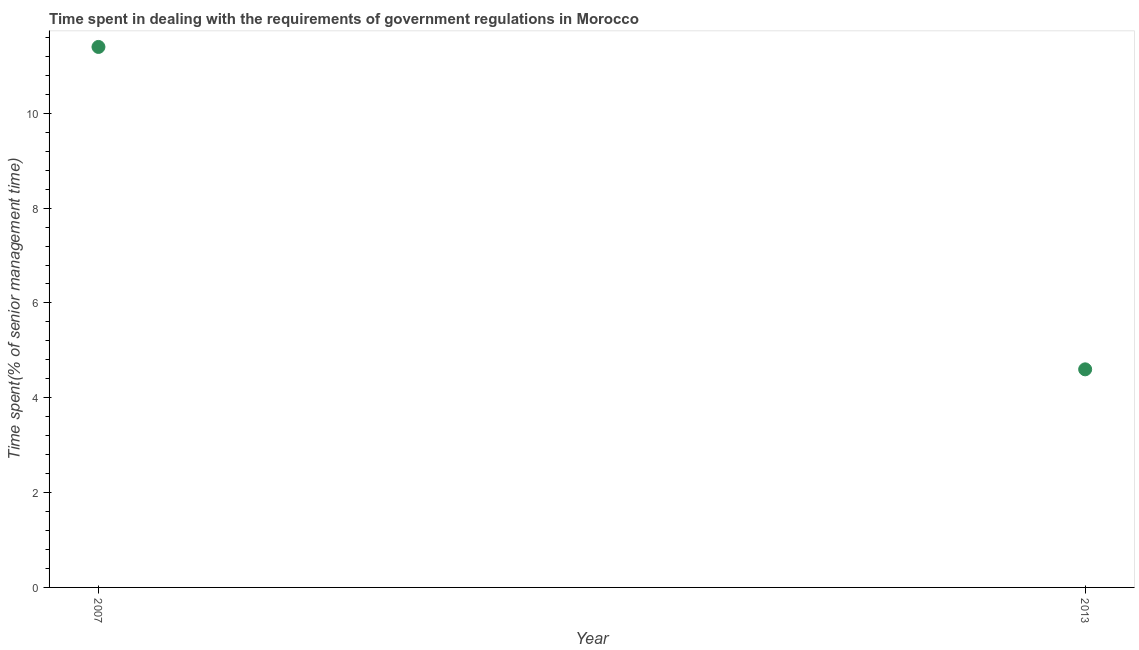
| Year | Government regulations |
 | --- | --- |
 | 2007 | 11.4 |
 | 2013 | 4.6 |